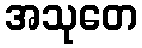
အသုတေ